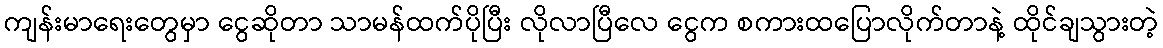
ကျန်းမာရေးတွေမှာ ငွေဆိုတာ သာမန်ထက်ပိုပြီး လိုလာပြီလေ ငွေက စကားထပြောလိုက်တာနဲ့ ထိုင်ချသွားတဲ့